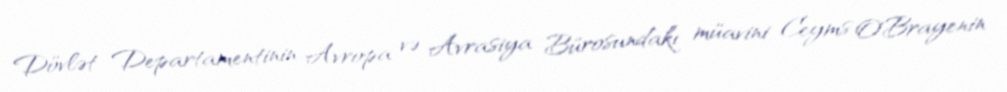
Dövlət Departamentinin Avropa və Avrasiya Bürosundakı müavini Ceyms O’Brayenin